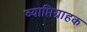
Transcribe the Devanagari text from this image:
व्याप्तिग्राहक